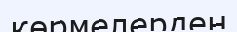
көрмелерден